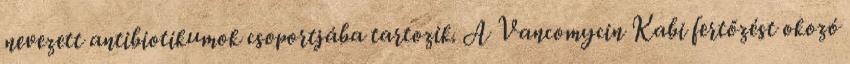
nevezett antibiotikumok csoportjába tartozik. A Vancomycin Kabi fertőzést okozó